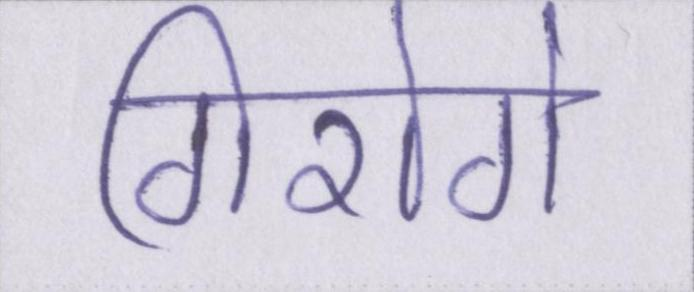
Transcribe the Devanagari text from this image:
गिरोगे